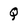
Character: Q